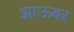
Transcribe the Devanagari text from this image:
झाऊबर